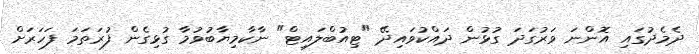
ދެމެދުގައި އޮންނަ ވަރުގަދަ ގުޅުން ދައްކުވައިދޭ "ޓިއުބްލައިޓް" ނާކާމިޔާބުވުމާ ގުޅިގެން ފުރަތަމަ ފަހަރަށް